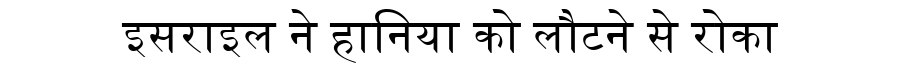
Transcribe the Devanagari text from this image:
इसराइल ने हानिया को लौटने से रोका